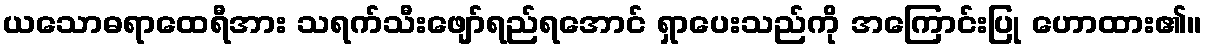
ယသောဓရာထေရီအား သရက်သီးဖျော်ရည်ရအောင် ရှာပေးသည်ကို အကြောင်းပြု ဟောထား၏။